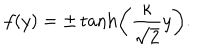
f ( y ) = \pm \tanh \left( \frac { \kappa } { \sqrt { 2 } } y \right) .